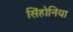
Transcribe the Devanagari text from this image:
सिंहोनिया